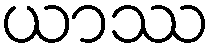
ယာဿ